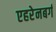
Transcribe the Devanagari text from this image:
एहरेनबर्ग